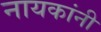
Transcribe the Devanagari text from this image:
नायकांनी